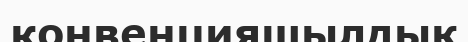
конвенцияшылдық